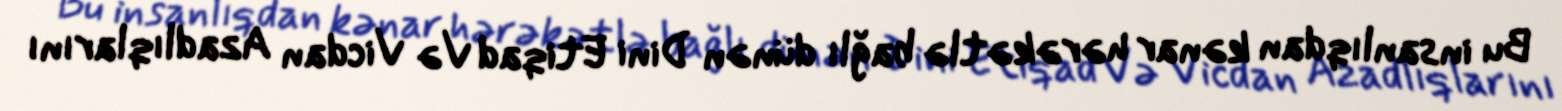
Bu insanlıqdan kənar hərəkətlə bağlı dünən Dini Etiqad Və Vicdan Azadlıqlarını